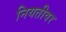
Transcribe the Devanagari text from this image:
नियतीवर